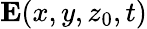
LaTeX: \mathbf{E}(x,y,z_{0},t)